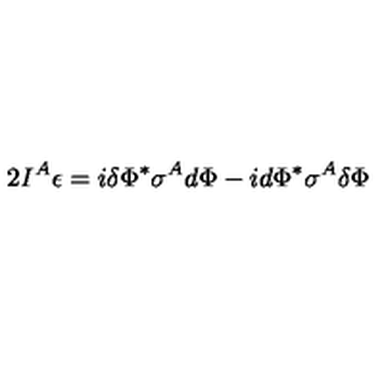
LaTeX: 2 I ^ { A } \epsilon = i \delta \Phi ^ { * } \sigma ^ { A } d \Phi - i d \Phi ^ { * } \sigma ^ { A } \delta \Phi